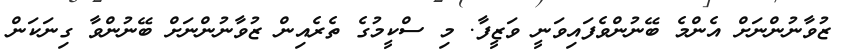
ޒުވާނުންނަށް އެންމެ ބޭނުންވެފައިވަނީ ވަޒީފާ. މި ސްކީމުގެ ތެރެއިން ޒުވާނުންނަށް ބޭނުންވާ ގިނަކަން